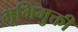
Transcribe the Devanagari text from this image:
भूमिमुक्ती